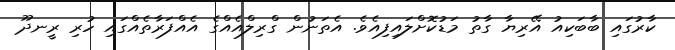
ކާރުގައި ބާބަކިއު އޭރިޔާ ގާތު މަޑުކޮށްލައިފިއެވެ. އެތަނުން ގްރިލްއެއްގެ އެއްފަރާތެއްގައި ހުރި ރީނދޫ